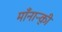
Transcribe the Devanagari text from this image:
मॉंनाऱ्क़़ी